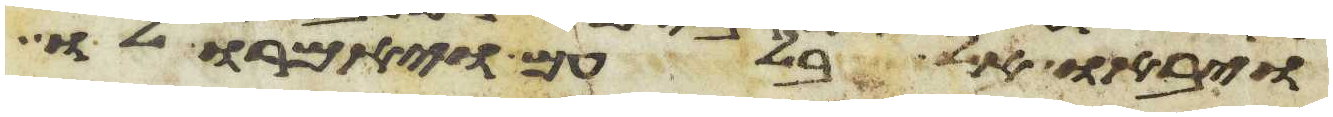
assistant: ויבאו אל בלעם ויאמרו לו